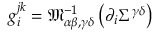
g _ { i } ^ { j k } = \mathfrak { M } _ { \alpha \beta , \gamma \delta } ^ { - 1 } \left( \partial _ { i } \Sigma ^ { \gamma \delta } \right)